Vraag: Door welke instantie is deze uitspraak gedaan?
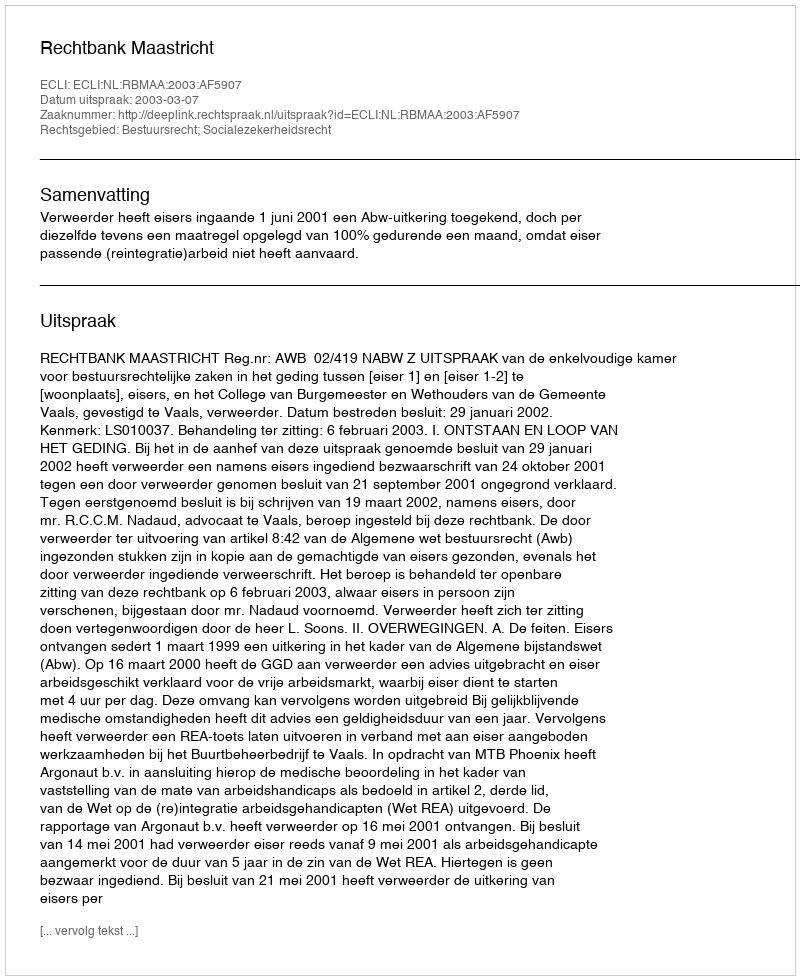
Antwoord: Rechtbank Maastricht